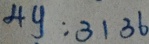
4 y : 3 1 3 6